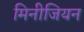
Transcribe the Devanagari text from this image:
मिनीजियन